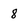
Character: 8